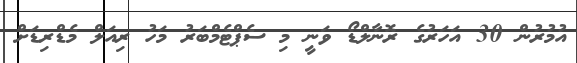
އުމުރުން 30 އަހަރުގެ ރޮނާލްޑޯ ވަނީ މި ސެޕްޓެމްބަރު މަހު ރިއަލް މެޑްރިޑަށް